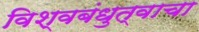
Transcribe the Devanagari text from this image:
विश्वबंधुत्वाचा